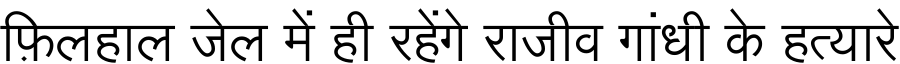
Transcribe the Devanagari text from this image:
फ़िलहाल जेल में ही रहेंगे राजीव गांधी के हत्यारे